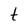
Character: t